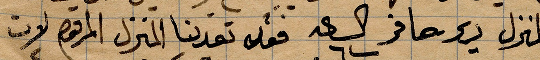
المنزل دير صافو الساعة ٦ فقد تعدينا المنزل المرقوم لان